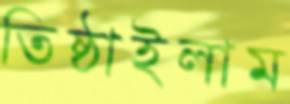
তিষ্ঠাইলাম